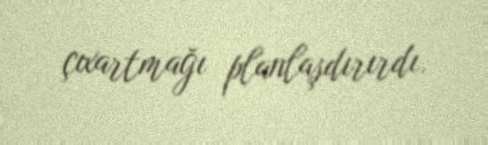
çıxartmağı planlaşdırırdı.